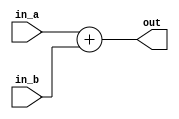
`timescale 1ns / 1ps
//////////////////////////////////////////////////////////////////////////////////
// Company: 
// Engineer: 
// 
// Design Name: 
// Module Name: Adder32
// Project Name: 
// Target Devices: 
// Tool Versions: 
// Description: 
// 
// Dependencies: 
// 
// Revision:
// Revision 0.01 - File Created
// Additional Comments:
// 
//////////////////////////////////////////////////////////////////////////////////


module Adder32(
    in_a,
    in_b,
    out
    );
    input [31:0] in_a, in_b;
    output [31:0] out;
    assign out = in_a + in_b;
endmodule